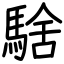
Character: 騇